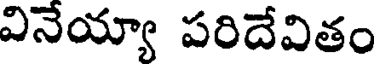
వినేయ్యా పరిదేవితం